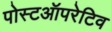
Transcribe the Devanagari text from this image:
पोस्टऑपरेटिव